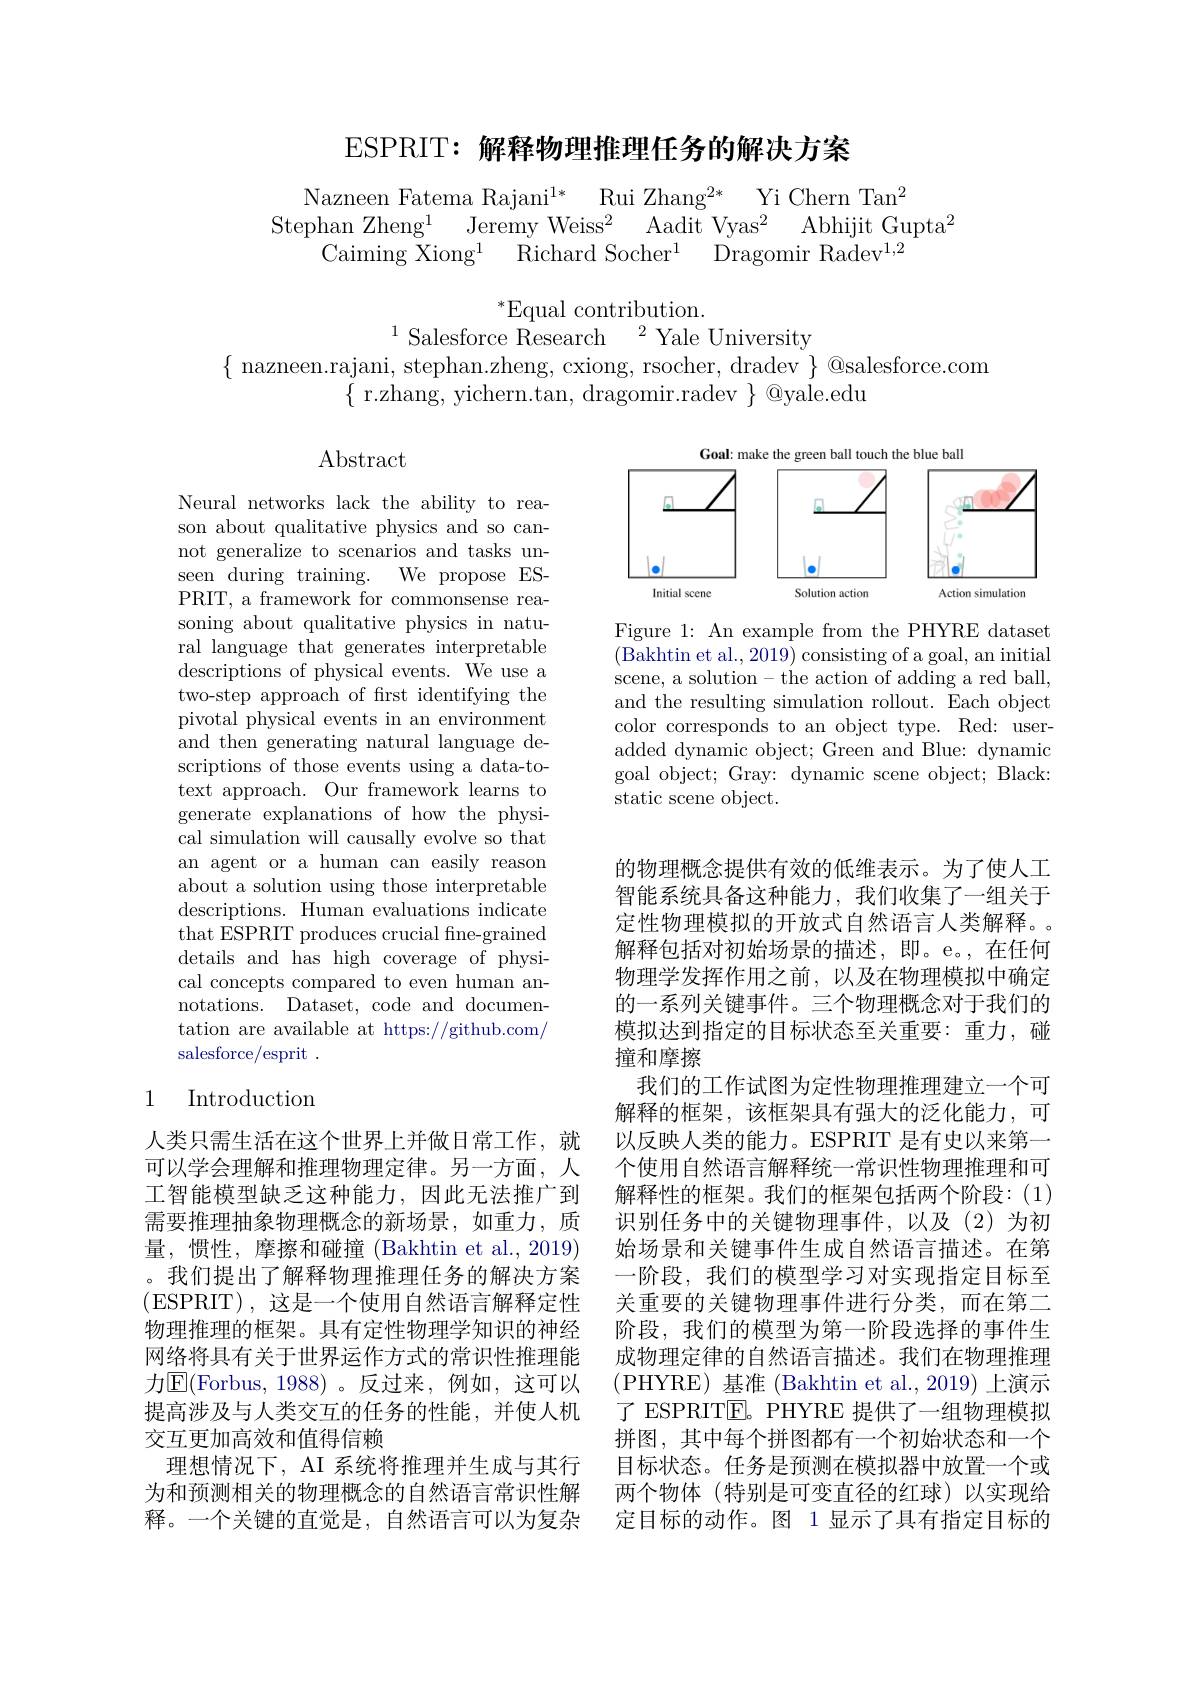
ESPRIT: 解释物理推理任务的解决方案

$\begin{array}{c}\mathrm{Nazneen~Fatema~Rajani}^{1*}&\mathrm{Rui~Zhang}^{2*}&\mathrm{Yi~Chern~Tan}^{2}\\\mathrm{ephan~Zheng}^{1}&\mathrm{Jeremy~Weiss}^{2}&\mathrm{Aadit~Vyas}^{2}&\mathrm{Abhijit~Gupta}^{2}\\\mathrm{Caiming~Xiong}^{1}&\mathrm{Richard~Socher}^{1}&\mathrm{Dragomir~Radev}^{1,2}\end{array}$

$^*$Equal contribution.
$^{1}$Salesforce Research$^2$Yale University

$\{$ nazneen.rajani, stephan.zheng, cxiong, rsocher, dradev $\}$@salesforce.com
$\{$ r.zhang, yichern.tan, dragomir.radev $\}@$yale.edu

$\operatorname{Abstract}$

<FigureHere>

Figure 1: An example from the PHYRE dataset (Bakhtin et al., 2019) consisting of a goal, an initial scene, a solution- the action of adding a red ball, and the resulting simulation rollout. Each object color corresponds to an object type. Red: useradded dynamic object; Green and Blue: dynamic goal object; Gray: dynamic scene object; Black: static scene object.

Neural networks lack the ability to reason about qualitative physics and so cannot generalize to scenarios and tasks unseen during training. We propose ESPRIT, a framework for commonsense reasoning about qualitative physics in natural language that generates interpretable descriptions of physical events. We use a two-step approach of frst identifying the pivotal physical events in an environment and then generating natural language descriptions of those events using a data-to- ${\mathrm{text~approach.~Our~framework~learns~to}}$ generate explanations of how the physical simulation will causally evolve so that an agent or a human can easily reason about a solution using those interpretable descriptions. Human evaluations indicate that ESPRIT produces crucial fine-grained details and has high coverage of physical concepts compared to even human annotations. Dataset, code and documentation are available at https://github.com/ salesforce/esprit .

# 1 Introduction

的物理概念提供有效的低维表示。为了使人工智能系统具备这种能力，我们收集了一组关于定性物理模拟的开放式自然语言人类解释。。解释包括对初始场景的描述，即。e。,在任何物理学发挥作用之前，以及在物理模拟中确定的一系列关键事件。三个物理概念对于我们的模拟达到指定的目标状态至关重要：重力，碰撞和摩擦
我们的工作试图为定性物理推理建立一个可解释的框架，该框架具有强大的泛化能力，可以反映人类的能力。ESPRIT 是有史以来第一个使用自然语言解释统一常识性物理推理和可解释性的框架。我们的框架包括两个阶段：(1) 识别任务中的关键物理事件，以及(2)为初始场景和关键事件生成自然语言描述。在第一阶段，我们的模型学习对实现指定目标至关重要的关键物理事件进行分类，而在第二阶段，我们的模型为第一阶段选择的事件生成物理定律的自然语言描述。我们在物理推理(PHYRE)基准 (Bakhtin et al.,2019) 上演示了 ESPRITE。PHYRE 提供了一组物理模拟拼图，其中每个拼图都有一个初始状态和一个目标状态。任务是预测在模拟器中放置一个或两个物体(特别是可变直径的红球)以实现给定目标的动作。图 1 显示了具有指定目标的

人类只需生活在这个世界上并做日常工作，就可以学会理解和推理物理定律。另一方面，人工智能模型缺乏这种能力，因此无法推广到需要推理抽象物理概念的新场景，如重力，质量，惯性，摩擦和碰撞(Bakhtin et al.,2019) 。我们提出了解释物理推理任务的解决方案(ESPRIT),这是一个使用自然语言解释定性物理推理的框架。具有定性物理学知识的神经网络将具有关于世界运作方式的常识性推理能力${\mathrm{E}}($Forbus, 1988)。反过来，例如，这可以提高涉及与人类交互的任务的性能，并使人机交互更加高效和值得信赖
理想情况下，AI 系统将推理并生成与其行为和预测相关的物理概念的自然语言常识性解释。一个关键的直觉是，自然语言可以为复杂